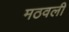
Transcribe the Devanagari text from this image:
मठवली